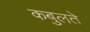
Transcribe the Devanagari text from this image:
कबुलते